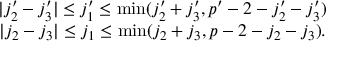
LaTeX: \begin{array} { c } { { | j _ { 2 } ^ { \prime } - j _ { 3 } ^ { \prime } | \leq j _ { 1 } ^ { \prime } \leq \operatorname * { m i n } ( j _ { 2 } ^ { \prime } + j _ { 3 } ^ { \prime } , p ^ { \prime } - 2 - j _ { 2 } ^ { \prime } - j _ { 3 } ^ { \prime } ) } } \\ { { | j _ { 2 } - j _ { 3 } | \leq j _ { 1 } \leq \operatorname * { m i n } ( j _ { 2 } + j _ { 3 } , p - 2 - j _ { 2 } - j _ { 3 } ) . } } \end{array}